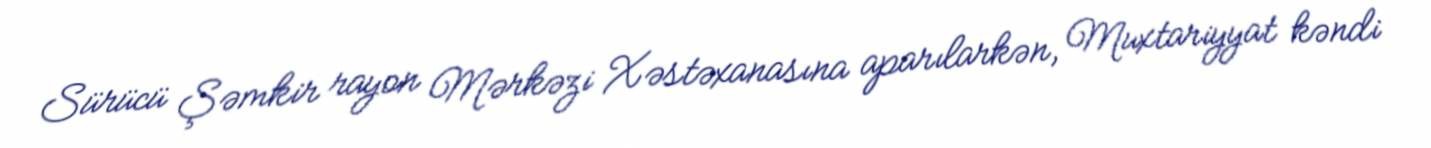
Sürücü Şəmkir rayon Mərkəzi Xəstəxanasına aparılarkən, Muxtariyyat kəndi